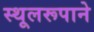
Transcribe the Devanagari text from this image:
स्थूलरूपाने